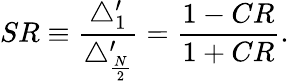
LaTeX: SR\equiv\frac{\triangle_{1}^{\prime}}{\triangle_{\frac{N}{2}}^{\prime}}=\frac{1-CR}{1+CR}.